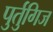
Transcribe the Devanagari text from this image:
पुर्तुगिज